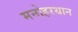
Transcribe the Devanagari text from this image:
मनोहरथान